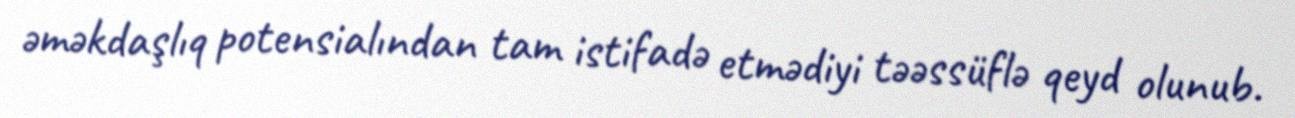
əməkdaşlıq potensialından tam istifadə etmədiyi təəssüflə qeyd olunub.